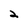
Character: 2